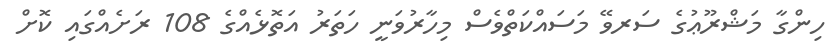
ހިންގާ މަޝްރޫޢުގެ ސަރވޭ މަސައްކަތްވެސް މިހާރުވަނީ ހަތަރު އަތޮޅެއްގެ 108 ރަށެއްގައި ކޮށް